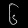
Digit: ၆